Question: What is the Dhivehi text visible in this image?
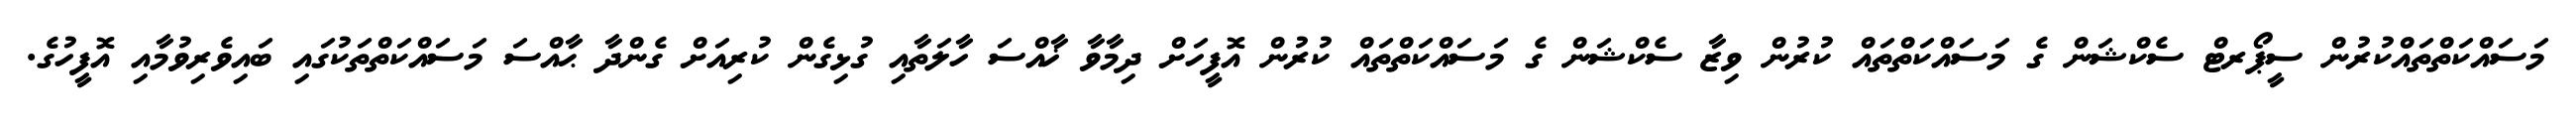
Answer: މަސައްކަތްތައްކުރުން ސީޕޯރޓް ސެކްޝަން ގެ މަސައްކަތްތައް ކުރުން ވިޒާ ސެކްޝަން ގެ މަސައްކަތްތައް ކުރުން އޮފީހަށް ދިމާވާ ޚާއްސަ ހާލަތާއި ގުޅިގެން ކުރިއަށް ގެންދާ ޙާއްސަ މަސައްކަތްތަކުގައި ބައިވެރިވުމާއި އޮފީހުގެ.